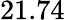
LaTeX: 21.74